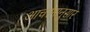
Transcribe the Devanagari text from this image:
आचरनानुसार